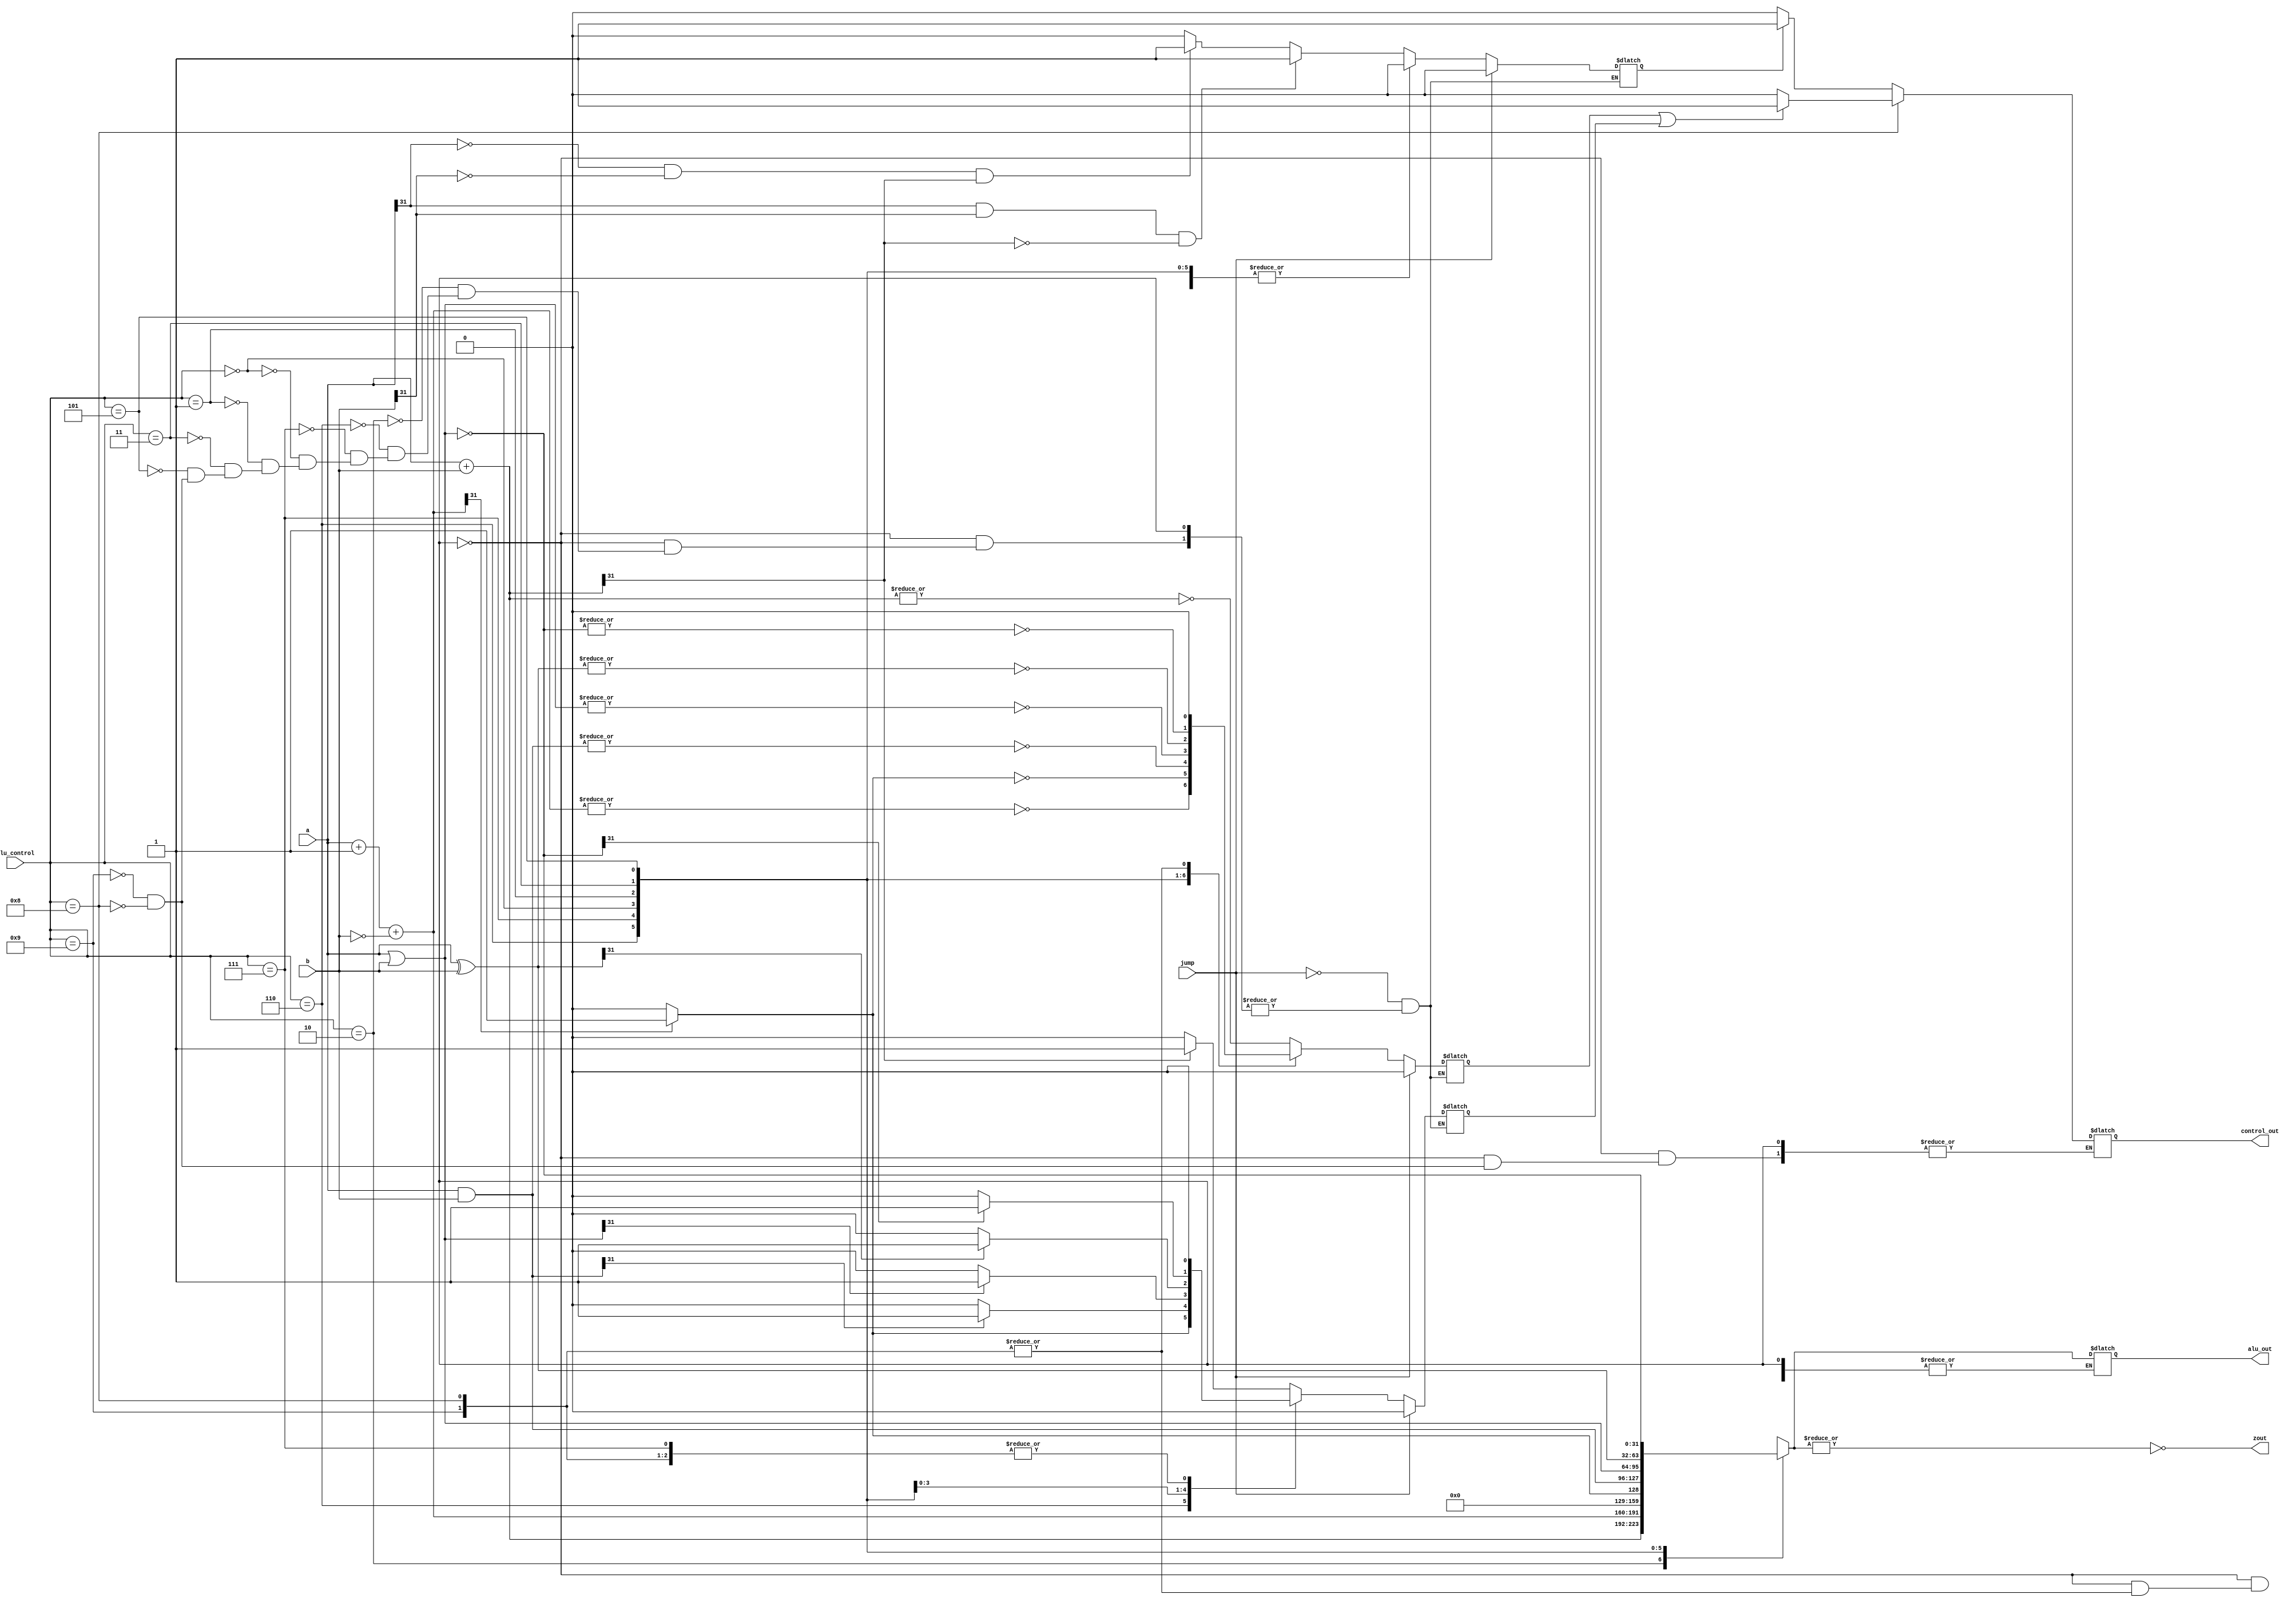
module alu32(alu_out, a, b, zout, alu_control, jump, control_out);
output reg [31:0] alu_out;
input [31:0] a,b;
input [3:0] alu_control;
input jump;
reg update ;
reg [31:0] less;
output zout;
reg zout;

output control_out; // control out
reg control_out;
reg [2:0] svz; // negative, overflow, zero

always @(a or b or alu_control or jump)
begin
	update = ~update; // It is defined to make the alu32 run once per cycle.
	if(update == 0)	begin

	case(alu_control)
	4'b0010: begin // add
		alu_out = a+b; 
		if (alu_out[31]) svz[2]=1;
		else svz[2]=0;
		if(a[31] == 1 & b[31]== 1 & alu_out[31]==0) svz[1]=1;
		else if (a[31] == 0 & b[31]== 0 & alu_out[31]== 1) svz[1]=1;
		else svz[1] = 0;
		svz[0] = ~(|alu_out);
		end

	4'b0110: begin // sub
		alu_out = a+1+(~b); 
		if (alu_out[31]) svz[2]=1;
		else svz[2]=0;
		svz[1] = 0; // no overflow
		svz[0] = ~(|alu_out);
		end

	4'b0111: begin // less than
		less = a+1+(~b);
		if (less[31]) alu_out=1;
		else alu_out=0;
		svz[2]= 0;
		svz[1] = 0;
		svz[0] = ~(|alu_out);
		end

	4'b0000: begin // and
		alu_out = a & b;
		if (alu_out[31]) svz[2]=1;
		else svz[2]=0;
		svz[1] = 0;
		svz[0] = ~(|alu_out);
		end

	4'b0001: begin // or
		alu_out =  a | b;
		if (alu_out[31]) svz[2]=1;
		else svz[2]=0;
		svz[1] = 0;
		svz[0] = ~(|alu_out);
		end

	4'b0011: begin // xor
		alu_out = a ^ b; //bitwise XOR
		if (alu_out[31]) svz[2]=1;
		else svz[2]=0;
		svz[1] = 0;
		svz[0] = ~(|alu_out);
		end

	4'b0101: begin // nor
		alu_out = ~(a|b);
		if (alu_out[31]) svz[2]=1;
		else svz[2]=0;
		svz[1] = 0;
		svz[0] = ~(|alu_out);
		end

	4'b1001:begin // bvf
		if(svz[1] ==1) control_out=1;
		else control_out = 0;
		svz[2] = 0;
		svz[1] = 0;
		svz[0] = 0;
		end

	4'b1000:begin // ben
		if(svz[0] == 1 | svz[2] == 1) control_out=1;
		else control_out = 0;
		svz[2] = 0;
		svz[1] = 0;
		svz[0] = 0;
		end

	default: alu_out=31'bx;
	endcase

	end

	if(jump == 1) 
		begin
		svz[2]=0;
		svz[1] = 0;
		svz[0] = 0;
		end

	zout=~(|alu_out);
end
initial
begin
	update = 0;
end
endmodule